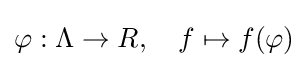
\varphi :\Lambda \to R,\quad f\mapsto f(\varphi )